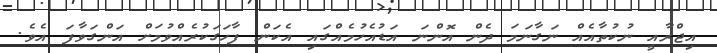
އިޖްރާއީ ނުކުތާއެއް ނަގާނަމަ ދެން އޮންނަ އަޑުއެހުމެއްގައި އެކަން ފާހަގަކުރެއްވުމަށް އަންގަވާފަ އެވެ.